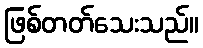
ဖြစ်တတ်သေးသည်။